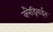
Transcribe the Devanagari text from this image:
क्लैड्रिबाईन